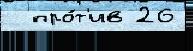
  про́т'ив 26